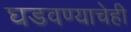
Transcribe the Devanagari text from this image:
घडवण्याचेही